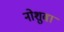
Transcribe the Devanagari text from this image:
नोशुवा